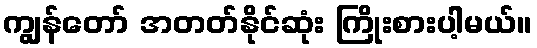
ကျွန်တော် အတတ်နိုင်ဆုံး ကြိုးစားပါ့မယ်။